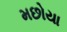
મછોયા